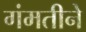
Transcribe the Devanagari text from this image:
गंमतीने